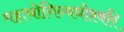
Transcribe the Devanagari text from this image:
महायोगिन्यधीश्वरि